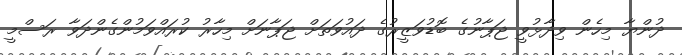
ދުންޔާ މިހެން ވިދާޅުވީ ޖަޕާނުގެ ބޮޑުވަޒީރުގެ ދައުވަތަށް ޖަޕާނަށް މިހާރު ކުރައްވަމުންގެންދަވާ ރަސްމީ